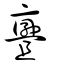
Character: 亹